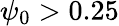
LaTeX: \psi_{0}>0.25